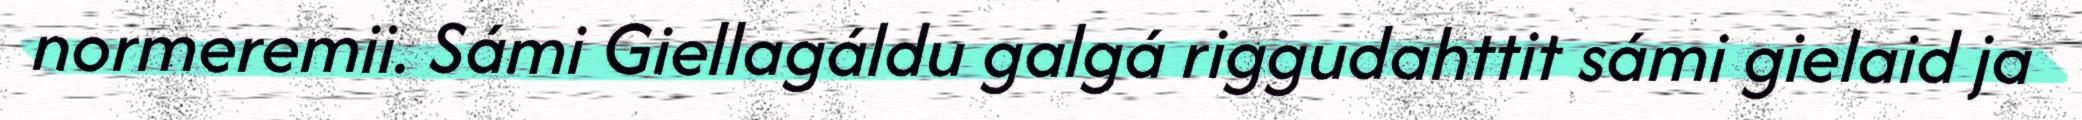
normeremii. Sámi Giellagáldu galgá riggudahttit sámi gielaid ja